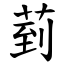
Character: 菿